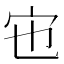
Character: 𡧀